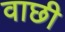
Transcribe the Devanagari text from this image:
वाछी